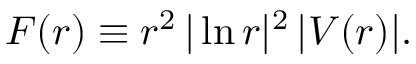
F ( r ) \equiv r ^ { 2 } \, | \ln r | ^ { 2 } \, | V ( r ) | .